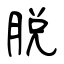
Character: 脫